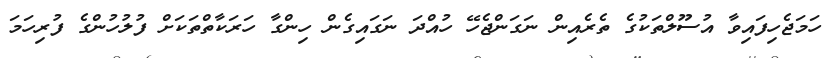
ހަމަޖެހިފައިވާ އުސޫލްތަކުގެ ތެރެއިން ނަގަންޖެހޭ ހުއްދަ ނަގައިގެން ހިންގާ ހަރަކާތްތަކަށް ފުލުހުންގެ ފުރިހަމަ